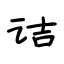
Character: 诘